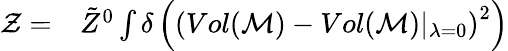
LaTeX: \begin{array}{rl}{\mathcal{Z}=}&{{}\tilde{Z}^{0}\int\delta\left(\left(Vol(\mathcal{M})-Vol(\mathcal{M})\vert_{\lambda=0}\right)^{2}\right)}\end{array}